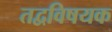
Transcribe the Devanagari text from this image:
तद्वविषयक